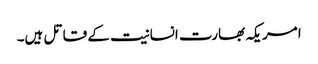
امریکہ بھارت انسانیت کے قاتل ہیں۔